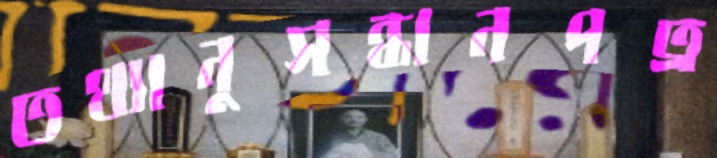
তথ্যানুসন্ধানপত্র